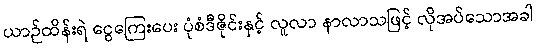
ယာဉ်ထိန်းရဲ ငွေကြေးပေး ပုံစံဒီဇိုင်းနှင့် လူလာ နာလာသဖြင့် လိုအပ်သောအခါ